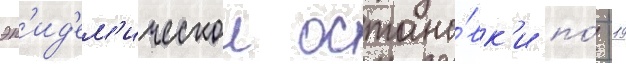
эп'ид'ем'ическои остано́вк'и по́ -19